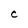
Character: C